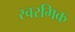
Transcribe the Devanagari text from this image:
स्वरगिक